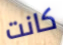
كانت